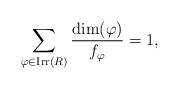
LaTeX: \begin{align*}\sum_{\varphi\in\mathrm{Irr}(R)}\dfrac{\dim(\varphi)}{f_\varphi}=1,\end{align*}